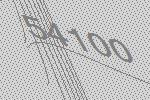
54100